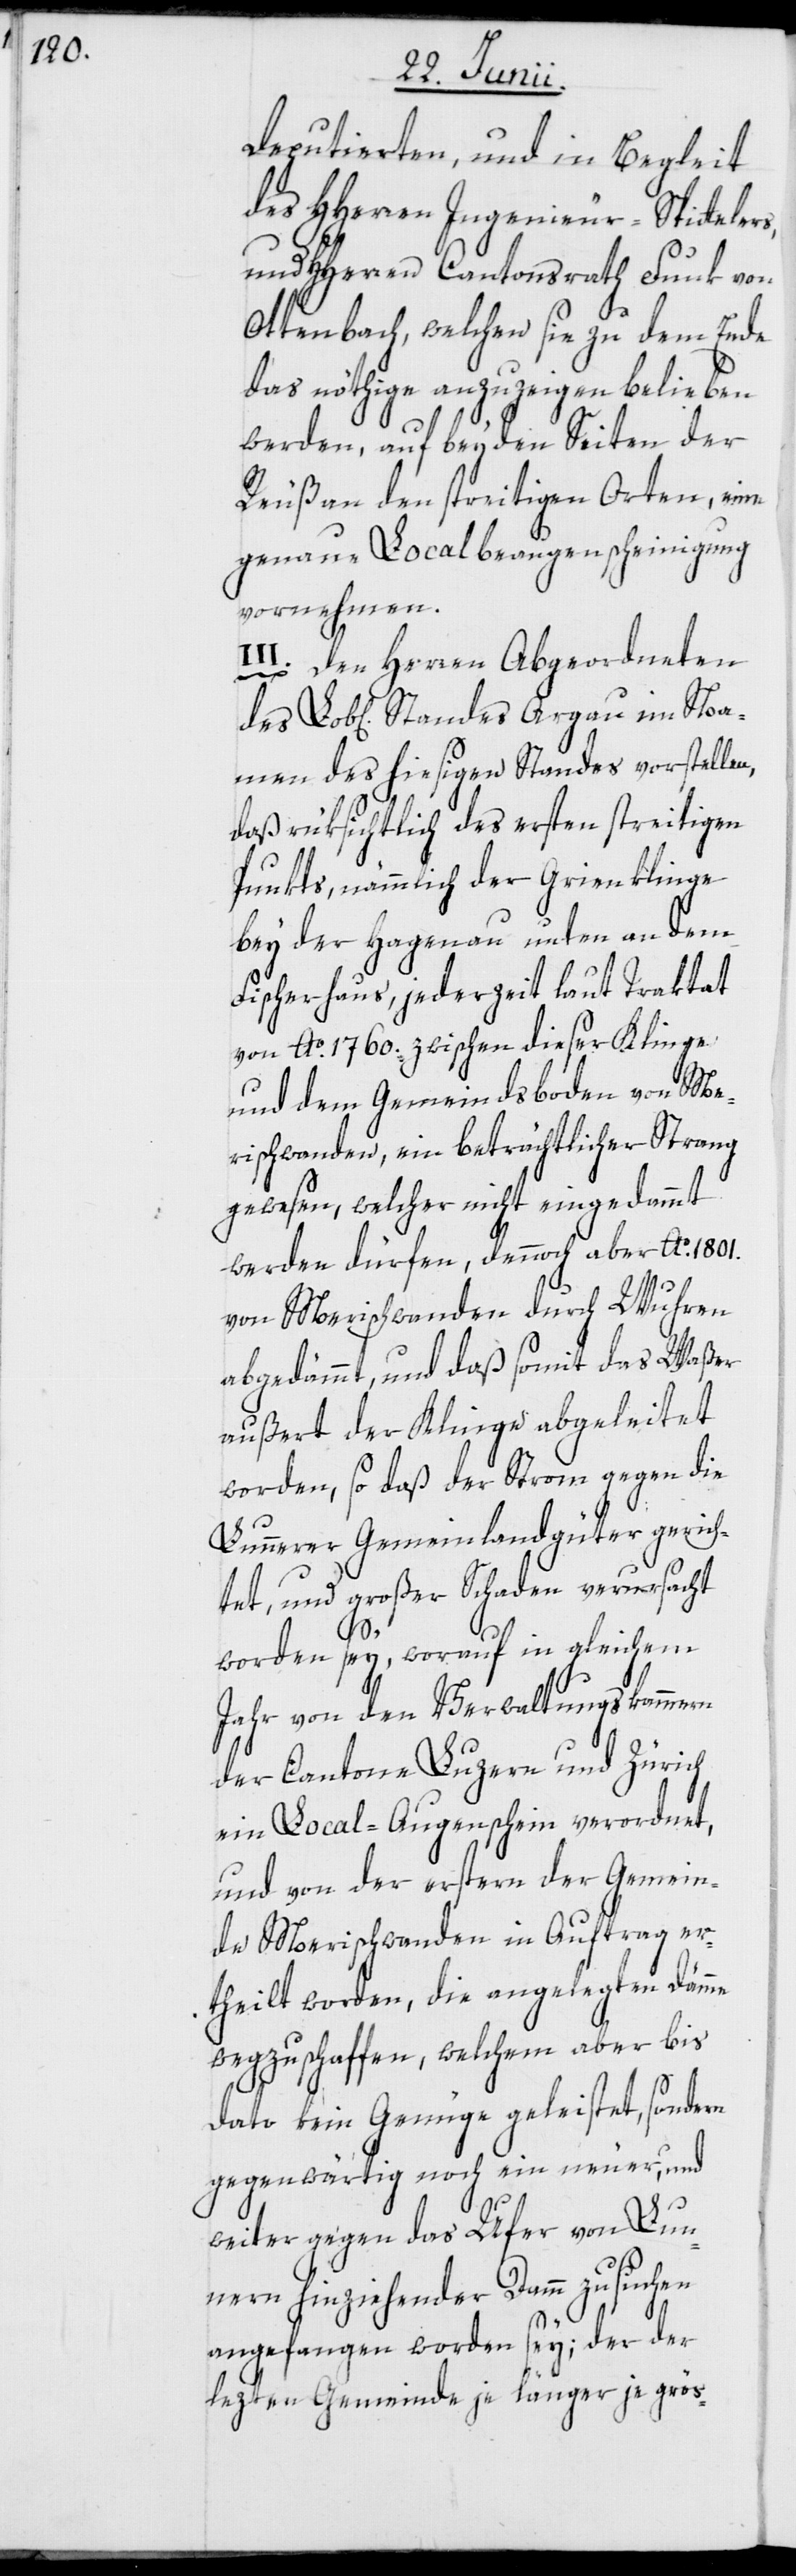
Deputierten, und in Begleit
des HHerren Ingenieur Spittelers,
und HHerren Cantonsrath Funk von
Ottenbach, welchen sie zu dem Ende
das nöthige anzuzeigen belieben
werden, auf beyden Seiten der
Reuß an den streitigen Orten, eine
genaue Localbeaugenscheinigung
vornehmen.
Den Herren Abgeordneten
Namen des hiesigen Standes vorstellen,
daß rüksichtlich des ersten streitigen
Punkts, nämmlich der Grienklinge
bey der Hagenau unten an dem
Fischerhaus, jederzeit laut Traktat
von Ao. 1760. zwischen dieser Klinge
und dem Gemeindsboden von Me¬
rischwanden, ein beträchtlicher Strang
gewesen, welcher nicht eingedammt
werden dürfen, dennoch aber Ao. 1801.
von Merischwanden durch Wuhren
abgedämmt, und daß somit das Waßer
außert der Klinge abgeleitet
worden, so daß der Strom gegen die
Lunnerer Gemeinlandgüter gerich¬
tet, und großer Schaden verursacht
worden sey, worauf in gleichem
Jahr von den Verwaltungskammern
der Cantone Luzern und Zürich
ein Local-Augenschein verordnet,
und von der erstern der Gemein¬
de Merischwanden in Auftrag er¬
theilt worden, die angelegten Dämme
wegzuschaffen, welchem aber bis
dato kein Genüge geleistet, sondern
gegenwärtig noch ein neuer, und
weiter gegen das Ufer von Lun¬
nern hinziehender Damm zu suchen
angefangen worden sey; der der
lezten Gemeinde je länger je grös-